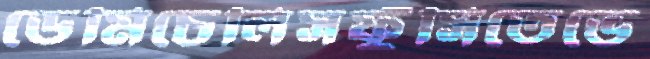
ডেমিচেলিসফুঁসিতেভে